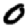
Digit: 0